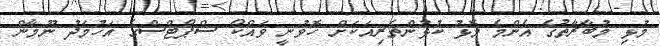
މުޅި މުބާރާތުގެ އެންމެ މޮޅު ކުޅުންތެރިއަކަށް ހޮވުނީ ވައްކޯ ސްޕޯޓްސްގެ އަހުމަދު ނޫމާން